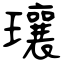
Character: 瓖